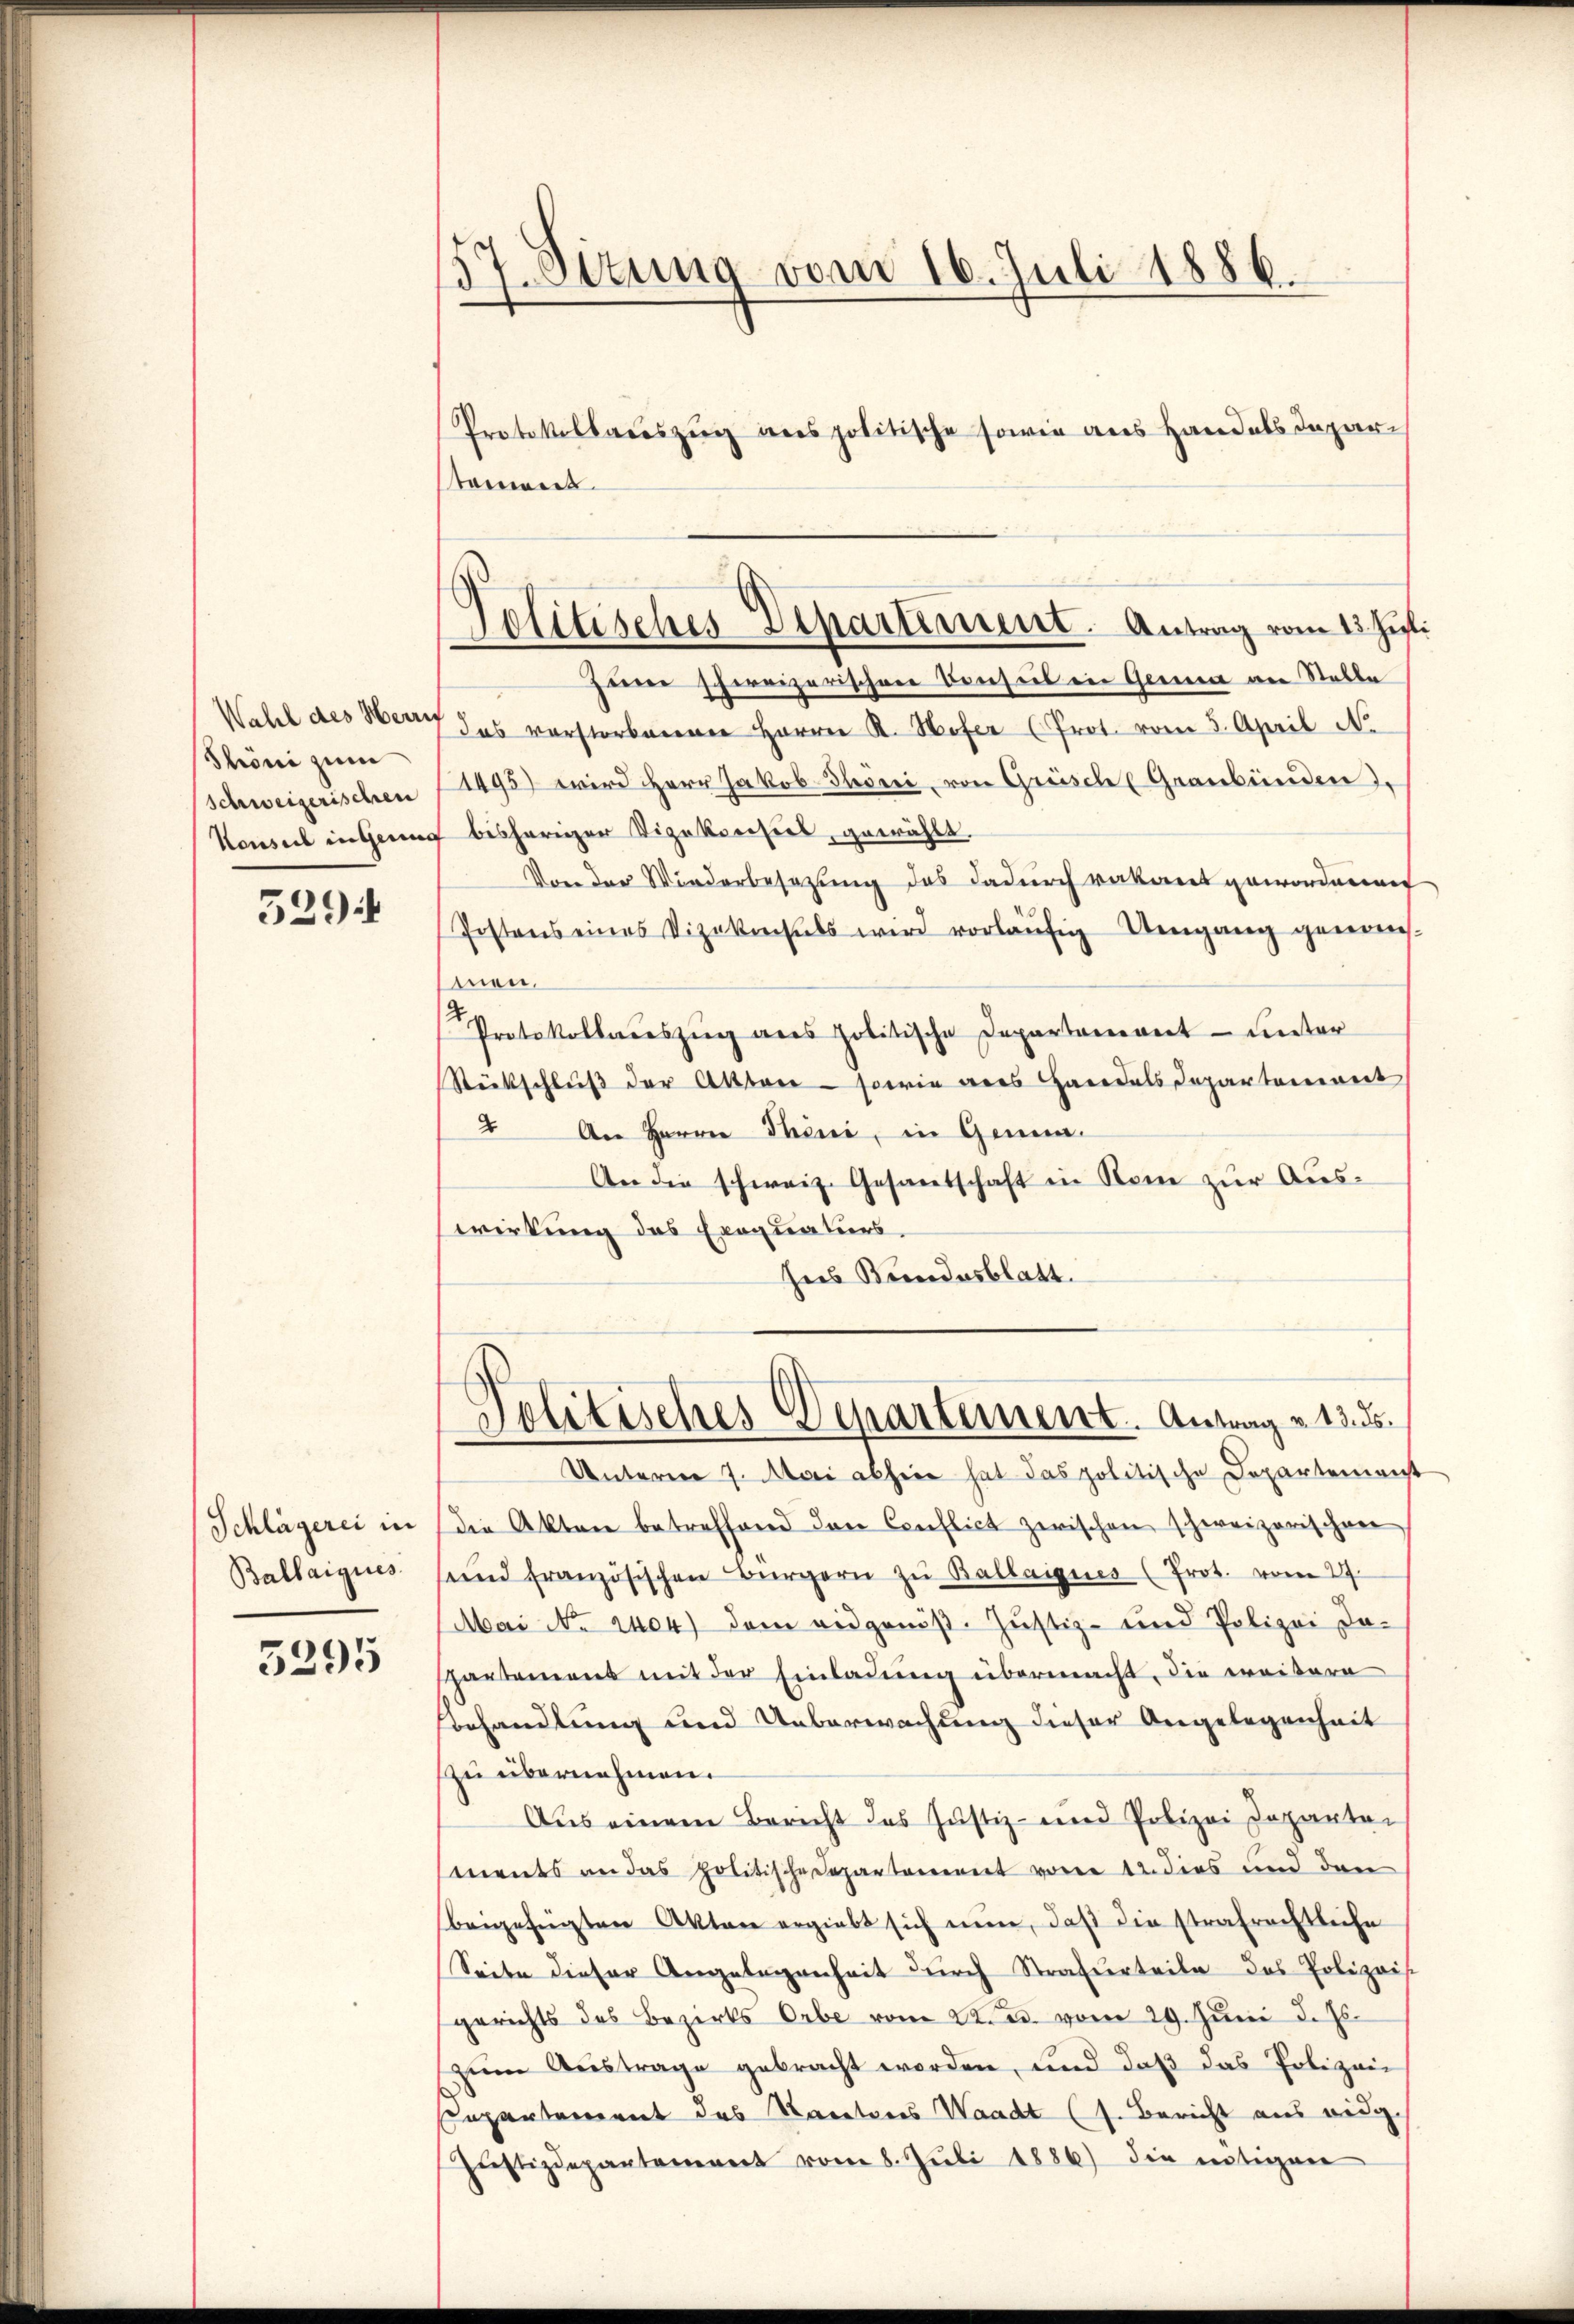
Phöni zum
schweizerischen

5294

Schlägerei in
Ballaigues

5295

.
7. Situng vom 16. Juli 1886.

toniert.
Zinne schereizerischen Denseil in Gener von Statte
Wahl des Herr das verstorbenen Herrn R. Hofer (Prot. vom 3. April N.
1495) wird Herr Jakob Throni, von Grüsch (Graubünden
Konsul in genug bisheriger Vizekorisies, gewählt.
Von der Wiederbesezung das dadurch vakant gewordenen
Postens eines Vizekrechels wird vorläŭfig Umgang genom-
men.
Protokollaŭszŭg ans politische Departanevert unter
Rückschluß der Aktore - sowie aus Handels Departement
 An Herrn Thini, in Genua-
An die schweiz. Gesandschaft in Rom zur Auswirkung des Exequatiers
hus Bundesblatt.

Protokollauszug ans politische sowie aus Handels Depar¬

politisches Departement. Antrag vom 13. Juli

Unterm 7. Mai abhin hat das politische Departemenst
die Akten betreffend den Conflict zwischen schweizerischen
sund französischen Bürgern zu Ballaigues (Prot. vom 27.
Mai No 2404) dem eidgenöß- Justiz- und Polizei daspartement mit der Einladung übermacht, die weitere
Vorhandlung und Ueberwachung dieser Angelegenheit
zu übernehmen.
Aus einem Bericht das Justiz- und Polizei Departei
mnents an das politische Departement von 12. dies und den
beigefügten Akten ergiebt sich nun, daß die strafrechtleihe
Seite dieser Angelegenheit durch Strafurteile des Polizeis.
gerichts des Bezirks Orbe vom 22. ds. vom 29. Jŭni d. Js.
zŭm Aŭstrage gebracht worden, und daβ das Polizei
Cepartement des Racetors Waadt (s. Bericht aus eidg.
Justizdepantement vom 8. Juli 1886) die nötigen

Politisches Departement. Antrag v. 13. ds.